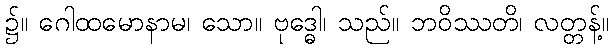
၌။ ဂေါထမောနာမ၊ သော။ ဗုဒ္ဓေါ၊ သည်။ ဘဝိဿတိ၊ လတ္တန့်။